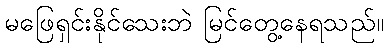
မဖြေရှင်းနိုင်သေးဘဲ မြင်တွေ့နေရသည်။